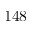
1 4 8